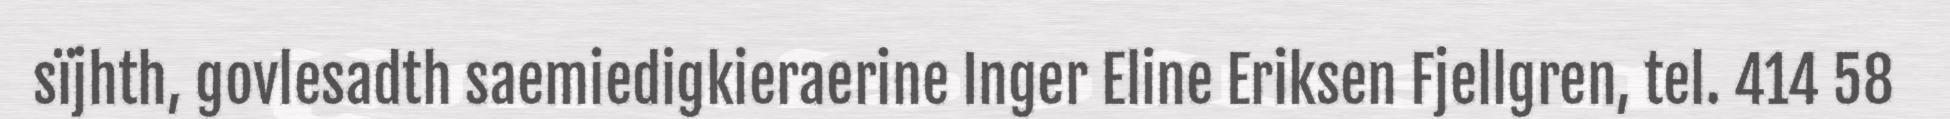
sïjhth, govlesadth saemiedigkieraerine Inger Eline Eriksen Fjellgren, tel. 414 58